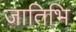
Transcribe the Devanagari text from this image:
जातिभि